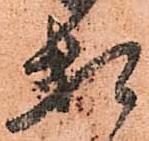
頼